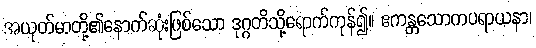
အယုတ်မာတို့၏နောက်ဆုံးဖြစ်သော ဒုဂ္ဂတိသို့ရောက်ကုန်၍။ ဧကန္တသောကပရာယနာ၊